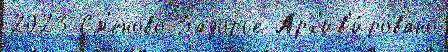
2023 См'еново Задорье Арх'ив'и́ровано